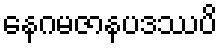
နေဂမဇာနပဒဿပိ